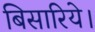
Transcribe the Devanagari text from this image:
बिसारिये।